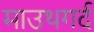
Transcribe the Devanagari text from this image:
माउथगर्द